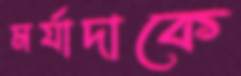
মর্যাদাকে